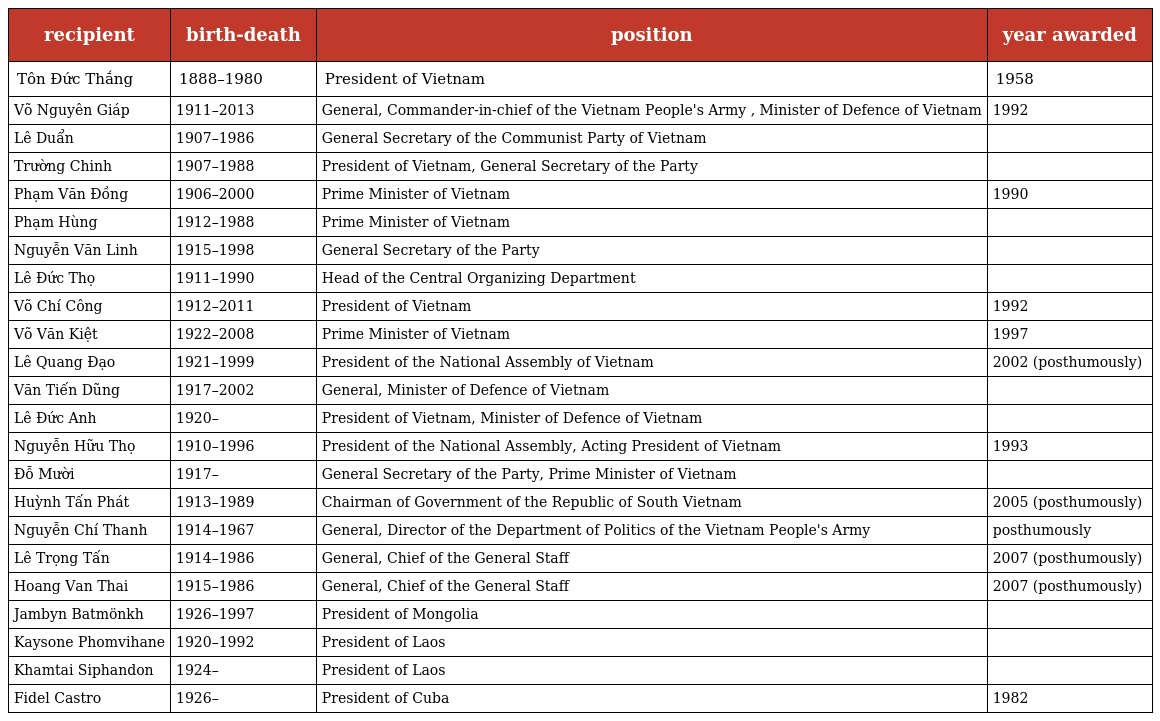
| recipient | birth-death | position | year awarded |
 | --- | --- | --- | --- |
 | Tôn Đức Thắng | 1888–1980 | President of Vietnam | 1958 |
 | Võ Nguyên Giáp | 1911–2013 | General, Commander-in-chief of the Vietnam People's Army , Minister of Defence of Vietnam | 1992 |
 | Lê Duẩn | 1907–1986 | General Secretary of the Communist Party of Vietnam |  |
 | Trường Chinh | 1907–1988 | President of Vietnam, General Secretary of the Party |  |
 | Phạm Văn Đồng | 1906–2000 | Prime Minister of Vietnam | 1990 |
 | Phạm Hùng | 1912–1988 | Prime Minister of Vietnam |  |
 | Nguyễn Văn Linh | 1915–1998 | General Secretary of the Party |  |
 | Lê Đức Thọ | 1911–1990 | Head of the Central Organizing Department |  |
 | Võ Chí Công | 1912–2011 | President of Vietnam | 1992 |
 | Võ Văn Kiệt | 1922–2008 | Prime Minister of Vietnam | 1997 |
 | Lê Quang Đạo | 1921–1999 | President of the National Assembly of Vietnam | 2002 (posthumously) |
 | Văn Tiến Dũng | 1917–2002 | General, Minister of Defence of Vietnam |  |
 | Lê Đức Anh | 1920– | President of Vietnam, Minister of Defence of Vietnam |  |
 | Nguyễn Hữu Thọ | 1910–1996 | President of the National Assembly, Acting President of Vietnam | 1993 |
 | Đỗ Mười | 1917– | General Secretary of the Party, Prime Minister of Vietnam |  |
 | Huỳnh Tấn Phát | 1913–1989 | Chairman of Government of the Republic of South Vietnam | 2005 (posthumously) |
 | Nguyễn Chí Thanh | 1914–1967 | General, Director of the Department of Politics of the Vietnam People's Army | posthumously |
 | Lê Trọng Tấn | 1914–1986 | General, Chief of the General Staff | 2007 (posthumously) |
 | Hoang Van Thai | 1915–1986 | General, Chief of the General Staff | 2007 (posthumously) |
 | Jambyn Batmönkh | 1926–1997 | President of Mongolia |  |
 | Kaysone Phomvihane | 1920–1992 | President of Laos |  |
 | Khamtai Siphandon | 1924– | President of Laos |  |
 | Fidel Castro | 1926– | President of Cuba | 1982 |